Preliminary report on the killing of rats and rat fleas by hydrocyanic acid gas - Number 38
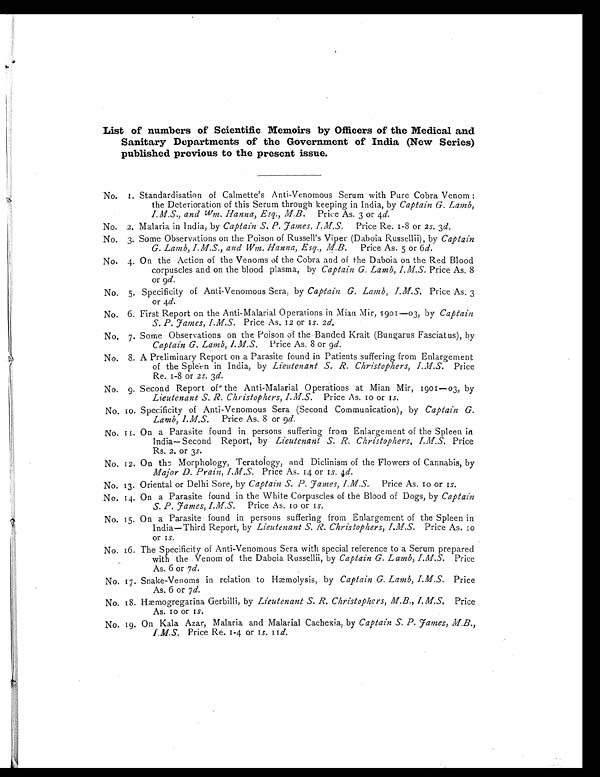
List of numbers of Scientific Memoirs by Officers of the Medical and
Sanitary Departments of the Government of India (New Series)
published previous to the present issue.
No. 1. Standardisation of Calmette's Anti-Venomous Serum with Pure Cobra Venom :
the Deterioration of this Serum through keeping in India, by Captain G. Lamb,
I. M. S. and Wm. Hanna, Esq., M.B. Price As. 3 or 4 d.
No. 2. Malaria in India, by Captain S. P. J ames, I.M.S. Price Re. 1-8 or 2s . 3d.
No. 3. Some Observations on the Poison of Russell's Viper (Daboia Russellii), by Captain
G. Lamb, I.M.S., and Wm. Hanna, Esq., M.B. Price As. 5 or 6d.
No. 4. On the Action of the Venoms of the Cobra and of the Daboia on the Red Blood
corpuscles and on the blood plasma, by Captain G. Lamb, I.M.S. Price As. 8
or 9d.
No. 5. Specificity of Anti-Venomous Sera, by Captain G. Lamb, I.M.S. Price As. 3
or 4d.
No. 6. First Report on the Anti-Malarial Operations in Mian Mir, 1901—03, by Captain
S. P. J ames, I.M.S. Price As. 12 or 1s. 2d.
No. 7. Some Observations on the Poison of the Banded Krait (Bungarus Fasciatus), by
Captain G. Lamb, I.M.S. Price As. 8 or 9 d.
No. 8. A Preliminary Report on a Parasite found in Patients suffering from Enlargement
of the Spleen in India, by Lieutenant S. R. Christophers, I.M.S. Price
Re. 1-8 or 2s . 3d.
No. 9. Second Report of the Anti-Malarial Operations at Mian Mir, 1901—03, by
Lieutenant S. R. Christophers, I.M.S. Price As. 10 or 1s .
No. to. Specificity of Anti-Venomous Sera (Second Communication), by Captain G.
Lamb, I.M.S.
Price As. 8 or 9 d.
No. 11. On a Parasite found in persons suffering from Enlargement of the Spleen in
India—Second Report, by Lieutenant S. R. Christophers, I.M.S. Price
Rs. 2. or 3s .
No. 12. On the Morphology, Teratology, and Diclinism of the Flowers of Cannabis, by
Major D. Prain, I.M.S. Price As. 14 or 1s. 4d.
No. 13. Oriental or Delhi Sore, by Captain S. P. J ames, I.M.S. Price As. 10 or 1s.
No. 14. On a Parasite found in the White Corpuscles of the Blood of Dogs, by Captain
S. P. J ames, I.M.S. Price As. 10 or 1s .
No. 15. On a Parasite found in persons suffering from Enlargement of the Spleen in
India—Third Report, by Lieutenant S. R. Christophers, I.M.S. Price As. 10
or 1s .
No. 16. The Specificity of Anti-Venomous Sera with special reference to a Serum prepared
with the Venom of the Daboia Russellii, by Captain G. Lamb, I.M.S. Price
As. 6 or 7 d.
No. 17. Snake-Venoms in relation to Hæmolysis, by Captain G. Lamb, I.M.S. Price
As. 6 or 7 d.
No. 18. Hæmogregarina Gerbilli, by Lieutenant S. R. Christophers, M.B., I.M.S. Price
As. 10 or 1s.
No. 19. On Kala Azar, Malaria and Malarial Cachexia, by Captain S. P. J ames, M.B.,
I .M.S. Price Re. 1-4 or 1s. 11d.